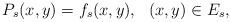
LaTeX: \begin{align*}P_s(x,y)=f_s(x,y),\ \ (x,y)\in E_s,\end{align*}